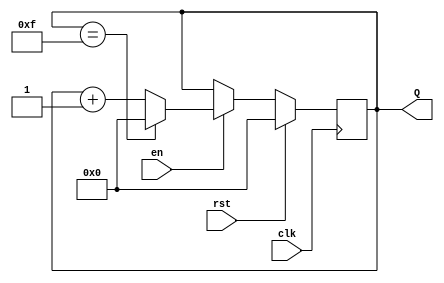
module up_counter_with_enable #(
    parameter WIDTH = 4 // Parameter for the width of the counter, default is 4 bits
)(
    input wire clk,     // Clock input
    input wire en,      // Enable input
    input wire rst,     // Reset input
    output reg [WIDTH-1:0] Q // Output count value
);

    // Synchronous reset and counting behavior
    always @(posedge clk) begin
        if (rst) begin
            Q <= 0; // Reset the counter to 0
        end else if (en) begin
            if (Q == (2**WIDTH - 1)) begin
                Q <= 0; // Wrap around when reaching the max count value
            end else begin
                Q <= Q + 1; // Increment the counter
            end
        end
        // If en is low, do nothing; retain the current value of Q.
    end

endmodule